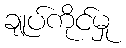
ချုပ်ကိုင်မှု